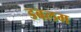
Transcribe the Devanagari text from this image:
डबलम